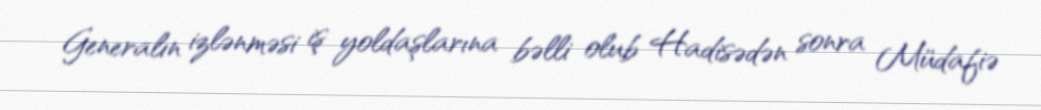
Generalın izlənməsi iş yoldaşlarına bəlli olub Hadisədən sonra Müdafiə